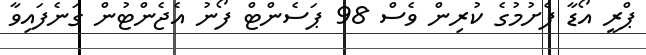
ޕްރީ އޯޑާ ފެށުމުގެ ކުރިން ވެސް 98 ޕަސެންޓް ފޯނު އެޖެންޓުން ގަނެފައިވާ